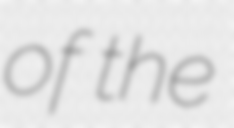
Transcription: of the